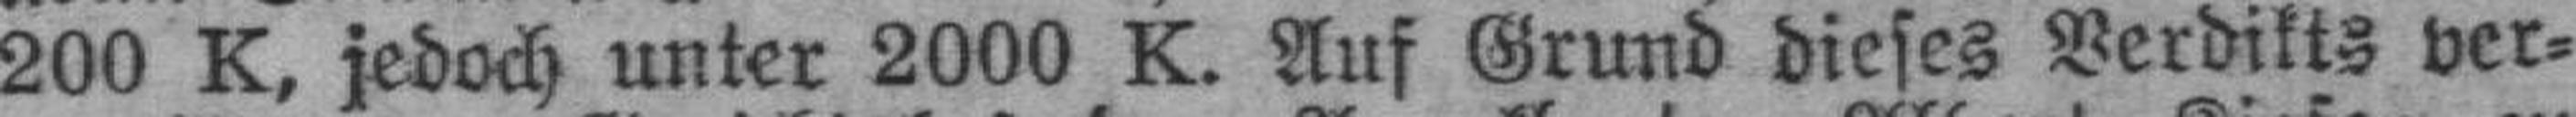
200 K, jedoch unter 2000 K. Auf Grund dieses Verdikts ver¬